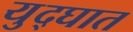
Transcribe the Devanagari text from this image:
युद्घात